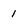
Character: 1